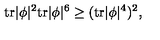
\mathrm { t r } | \phi | ^ { 2 } \mathrm { t r } | \phi | ^ { 6 } \ge ( \mathrm { t r } | \phi | ^ { 4 } ) ^ { 2 } ,